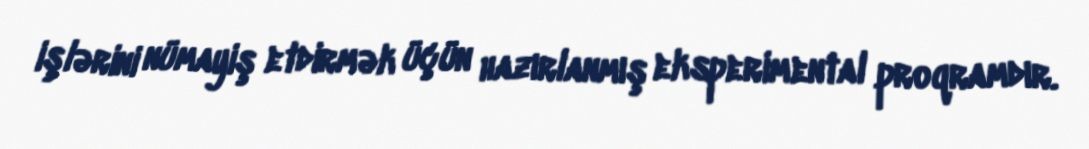
işlərini nümayiş etdirmək üçün hazırlanmış eksperimental proqramdır.